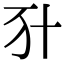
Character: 𠦇